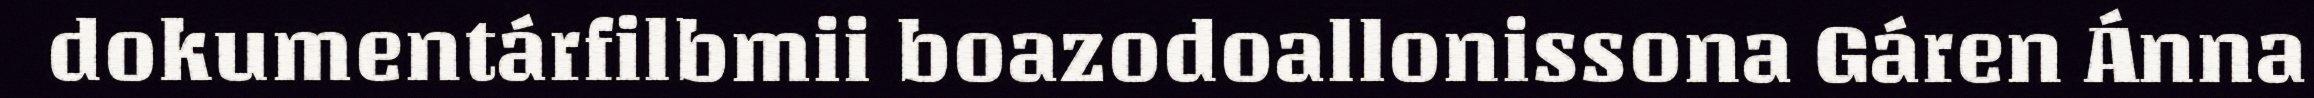
dokumentárfilbmii boazodoallonissona Gáren Ánna